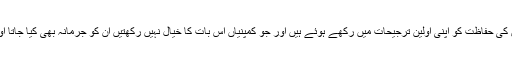
کار ساز کمپنیاں پوری دنیا میں انسانی جان کی حفاظت کو اپنی اولین ترجیحات میں رکھے ہوئے ہیں اور جو کمپنیاں اس بات کا خیال نہیں رکھتیں ان کو جرمانہ بھی کیا جاتا اور غفلت پر بلیک لسٹ بھی کر دیا جاتا ہے۔